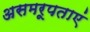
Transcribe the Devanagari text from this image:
असमरूपताएं